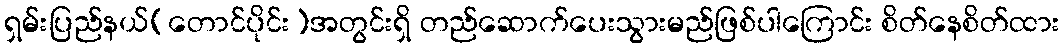
ရှမ်းပြည်နယ်(တောင်ပိုင်း)အတွင်းရှိ တည်ဆောက်ပေးသွားမည်ဖြစ်ပါကြောင်း စိတ်နေစိတ်ထား